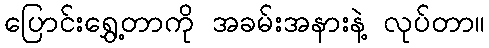
ပြောင်းရွှေ့တာကို အခမ်းအနားနဲ့ လုပ်တာ။